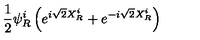
\frac { 1 } { 2 } \psi _ { R } ^ { i } \left( e ^ { i \sqrt { 2 } X _ { R } ^ { i } } + e ^ { - i \sqrt { 2 } X _ { R } ^ { i } } \right)